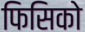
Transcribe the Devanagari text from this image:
फिसिको